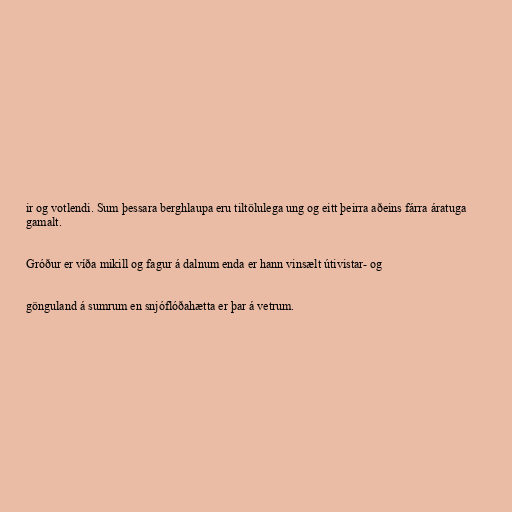
ir og votlendi. Sum þessara berghlaupa eru tiltölulega ung og eitt þeirra aðeins fárra áratuga
gamalt.

Gróður er víða mikill og fagur á dalnum enda er hann vinsælt útivistar- og

gönguland á sumrum en snjóflóðahætta er þar á vetrum.